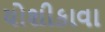
યોશીકાવા